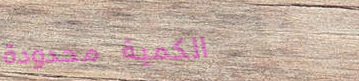
الكمية محدودة